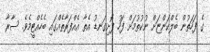
ގެ ފަހަތުން ބެލްކަންޏަށް ނުކުތުމަށް ފަހު ފޮށިގަނޑު އެތާ އެއްފަރާތެއްގައި ބެހެއްޓީމެވެ. ސާރާ